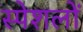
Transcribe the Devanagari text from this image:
स्पेशलों